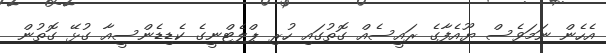
އެހެން ނަމަވެސް ޔޫއެފާގެ ރައީސެއް ގޮތުގައި ހުރި ޕްލެޓްނީގެ ކެޑިޑެންސީއާ ގުޅޭ ގޮތުން